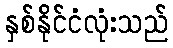
နှစ်နိုင်ငံလုံးသည်